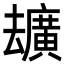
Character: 𪠢